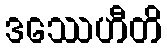
ဒဿေဟီတိ